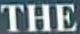
THE